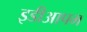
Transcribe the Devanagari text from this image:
इडीआपम